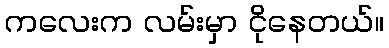
ကလေးက လမ်းမှာ ငိုနေတယ်။